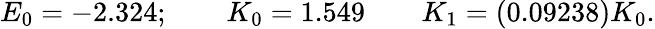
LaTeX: E_{0}=-2.324;\qquad K_{0}=1.549\qquad K_{1}=(0.09238)K_{0}.